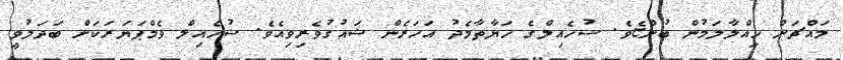
މައްޗަށް ހިއްލާލަމުން ބުންޏެވެ. ސުހެއިލްގެ ހަޔާތާމެދު އަހަރެން ޝައުގުވެރިވިއެވެ. ސުހެއިލް ވެމްޕަޔަރަކަށް ބަދަލުވީ